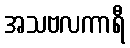
အသဗလကာရီ